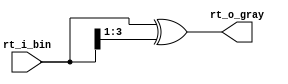

module rt_bin2gray #(
  parameter PARAM_BIT_NUM = 4
)(
  input  [PARAM_BIT_NUM - 1:0] rt_i_bin,
  output [PARAM_BIT_NUM - 1:0] rt_o_gray
);


assign rt_o_gray = rt_i_bin^(rt_i_bin>>1);

endmodule